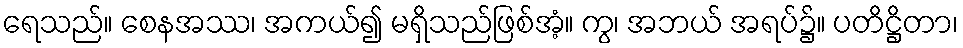
ရေသည်။ စေနအဿ၊ အကယ်၍ မရှိသည်ဖြစ်အံ့။ ကွ၊ အဘယ် အရပ်၌။ ပတိဋ္ဌိတာ၊